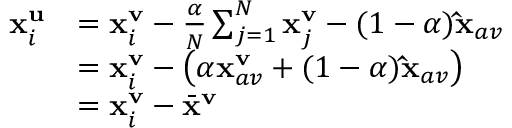
\begin{array} { r l } { \mathbf { x } _ { i } ^ { \mathbf { u } } } & { = \mathbf { x } _ { i } ^ { \mathbf { v } } - \frac { \alpha } { N } \sum _ { j = 1 } ^ { N } \mathbf { x } _ { j } ^ { \mathbf { v } } - ( 1 - \alpha ) \mathbf { \hat { x } } _ { a v } } \\ & { = \mathbf { x } _ { i } ^ { \mathbf { v } } - \left( \alpha \mathbf { x } _ { a v } ^ { \mathbf { v } } + ( 1 - \alpha ) \mathbf { \hat { x } } _ { a v } \right) } \\ & { = \mathbf { x } _ { i } ^ { \mathbf { v } } - \bar { \mathbf { x } } ^ { \mathbf { v } } } \end{array}